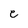
Character: e